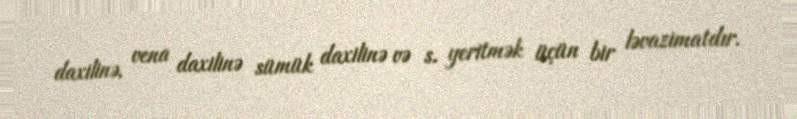
daxilinə, vena daxilinə sümük daxilinə və s. yeritmək üçün bir ləvazimatdır.